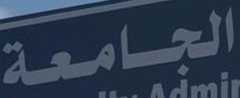
الجامعة